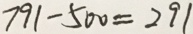
7 9 1 - 5 0 0 = 2 9 1